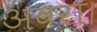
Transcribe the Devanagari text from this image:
अवरा।